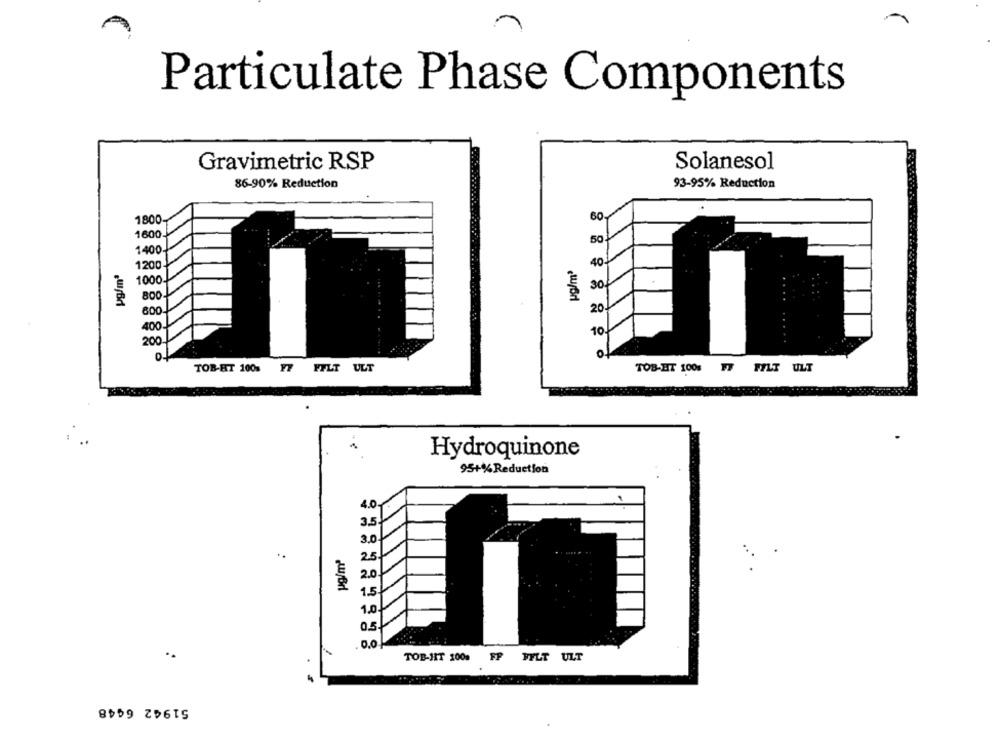
Particulate Phase Components
Gravimetric RSP
Solanesol
86-90% Reduction
93-95% Reduction
1800
60
1600
50
1400
1200
40
1000
30
800
600
20
400
10
200
TOB-HT 100% FF FFLT ULT
TOB-HT 100: F7 FYLT ULT
Hydroquinone
95+% Reduction
4.0
3.5
3.0
..
25
2.0
1.0
0.5
0.0
..
TOB-HIT 100% FP FELT ULT
51942 6448